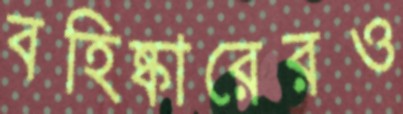
বহিষ্কারেরও